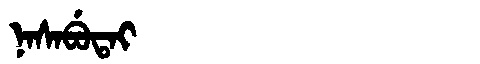
Manchu: ᠨᠠᠰᠠᠪᡠᡨᠠᡳ
Romanization: NASABUTAI